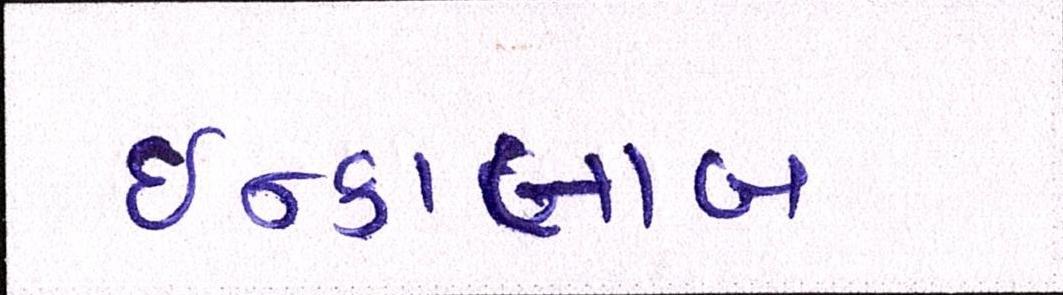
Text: ઇન્કાલાબ